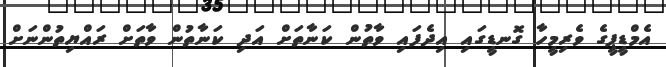
އެމްޑީޕީގެ ވެރިމީހާ ގޮނޑީގައި އިދެފައި ވާތުން ކަނާތަށް އަދި ކަނާތުން ވާތަށް ރައްޔިތުންނަށް